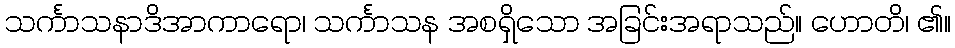
သင်္ကာသနာဒိအာကာရော၊ သင်္ကာသန အစရှိသော အခြင်းအရာသည်။ ဟောတိ၊ ၏။